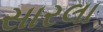
સારલા